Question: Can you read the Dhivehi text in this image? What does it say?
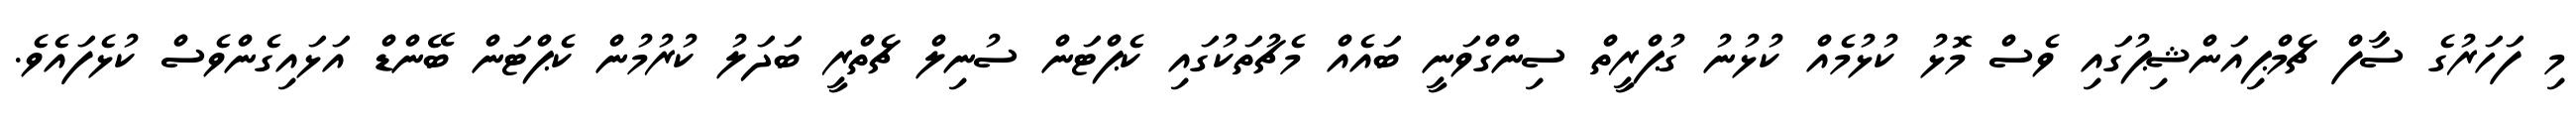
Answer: މި ފަހަރުގެ ސާފް ޗެމްޕިއަންޝިޕުގައި ވެސް މޮޅު ކުޅުމެއް ކުޅުނު ގުޕްރީތް ސިންގްވަނީ ބައެއް މެޗުތަކުގައި ކެޕްޓަން ސުނިލް ޗެތްރީ ބަދަލު ކުރުމުން ކެޕްޓަން ބޭންޑް އަޅައިގެންވެސް ކުޅެފައެވެ.